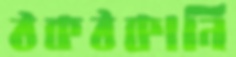
ঠকঠকানি